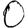
Digit: 0